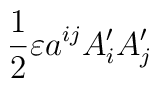
\frac{1}{2}\varepsilon a^{ij}A'_{i}A'_{j}